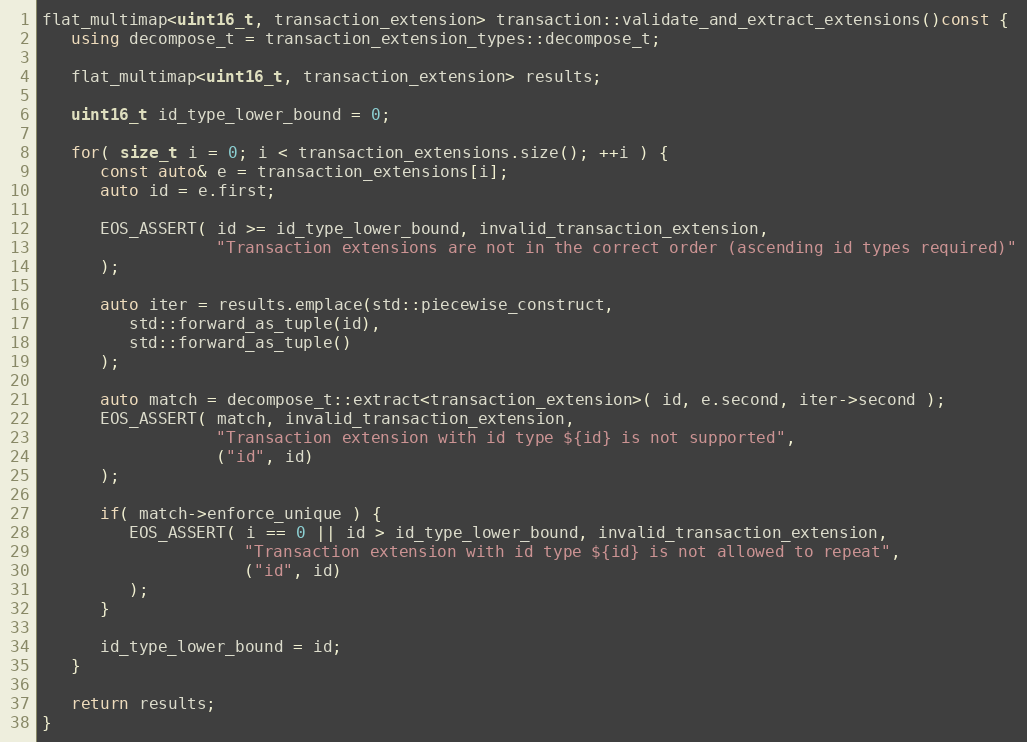
Language: C++
flat_multimap<uint16_t, transaction_extension> transaction::validate_and_extract_extensions()const {
   using decompose_t = transaction_extension_types::decompose_t;

   flat_multimap<uint16_t, transaction_extension> results;

   uint16_t id_type_lower_bound = 0;

   for( size_t i = 0; i < transaction_extensions.size(); ++i ) {
      const auto& e = transaction_extensions[i];
      auto id = e.first;

      EOS_ASSERT( id >= id_type_lower_bound, invalid_transaction_extension,
                  "Transaction extensions are not in the correct order (ascending id types required)"
      );

      auto iter = results.emplace(std::piecewise_construct,
         std::forward_as_tuple(id),
         std::forward_as_tuple()
      );

      auto match = decompose_t::extract<transaction_extension>( id, e.second, iter->second );
      EOS_ASSERT( match, invalid_transaction_extension,
                  "Transaction extension with id type ${id} is not supported",
                  ("id", id)
      );

      if( match->enforce_unique ) {
         EOS_ASSERT( i == 0 || id > id_type_lower_bound, invalid_transaction_extension,
                     "Transaction extension with id type ${id} is not allowed to repeat",
                     ("id", id)
         );
      }

      id_type_lower_bound = id;
   }

   return results;
}